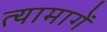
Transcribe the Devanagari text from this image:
त्यामागें